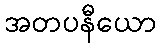
အတပနီယော